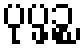
ပုပ္ဖဉ္စ